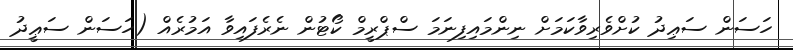
ހަސަން ސަޢިދު ކުށްވެރިވާކަމަށް ނިންމައިފިނަމަ ސްޕްރީމް ކޯޓުން ނެރެފައިވާ އަމުރެއް (ހަސަން ސަޢީދު